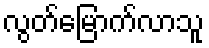
လွတ်မြောက်လာသူ